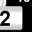
Digit: 2